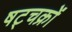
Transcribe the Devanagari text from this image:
षट्चक्रों